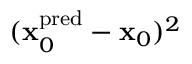
( \mathbf { x } _ { 0 } ^ { \mathrm { p r e d } } - \mathbf { x } _ { 0 } ) ^ { 2 }